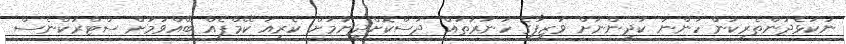
ނުކުޅެދުންތެރިކަން ހުންނަ ކުދިންނަށް ވަޒީފާގެ ހުނަރުތައް ދަސްކޮށްދިނުމަށް ކެރިއަ ކޭމްޕެއް ބޭއްވުމަށް ސްޓްރަކްނެސް